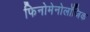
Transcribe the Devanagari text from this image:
फिनोमेनोलॉजिक